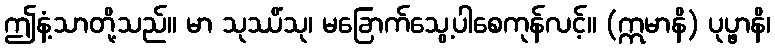
ဤနံ့သာတို့သည်။ မာ သုဿိံသု၊ မခြောက်သွေ့ပါစေကုန်လင့်။ (ဣမာနိ) ပုပ္ဖာနိ၊